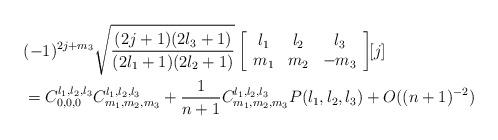
LaTeX: \begin{align*}& (-1)^{2j+m_{3}}\sqrt{\frac{(2j+1)(2l_{3}+1)}{(2l_{1}+1)(2l_{2}+1)}}\left[\begin{array}[c]{ccc}l_{1} & l_{2} & l_{3}\\m_{1} & m_{2} & -m_{3}\end{array}\right] \!\!{[j]}\\& =C_{0,0,0}^{l_{1},l_{2},l_{3}}C_{m_{1},m_{2},m_{3}}^{l_{1},l_{2},l_{3}}+\frac{1}{n+1}C_{m_{1},m_{2},m_{3}}^{l_{1},l_{2},l_{3}}P({l_{1},l_{2},l_{3}})+O((n+1)^{-2})\ \end{align*}